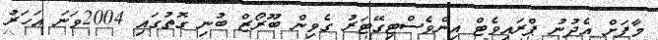
މާފަށް އެދުނު ޕްރައިވެޓް އިންވެސްޓިގޭޓަރު ގެވިން ބޫރޯޒް ބުނި ގޮތުގައި 2004ވަނަ އަހަރު